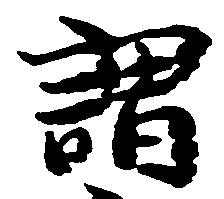
謂